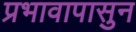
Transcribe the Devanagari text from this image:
प्रभावापासुन